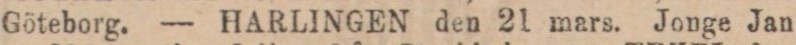
Göteborg. — HARLINGEN den 21 mars. Jonge Jan